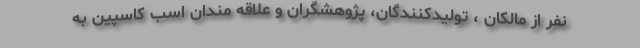
نفر از مالکان ، تولیدکنندگان، پژوهشگران و علاقه مندان اسب کاسپین به